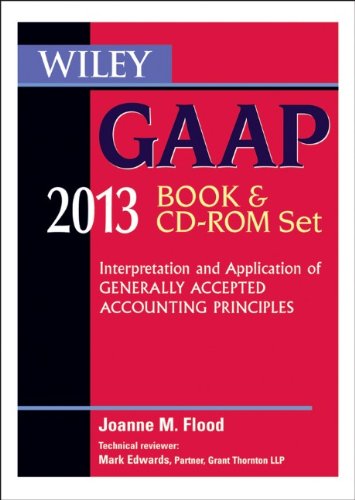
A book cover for Wiley GAAP 2013: Interpretation and Application of Generally Accepted Accounting Principles Set; Joanne M. Flood; Test Preparation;